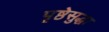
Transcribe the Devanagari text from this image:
पृष्ठेसुद्धा